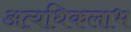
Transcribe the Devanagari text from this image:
अत्यधिकलाभ